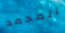
المجمد